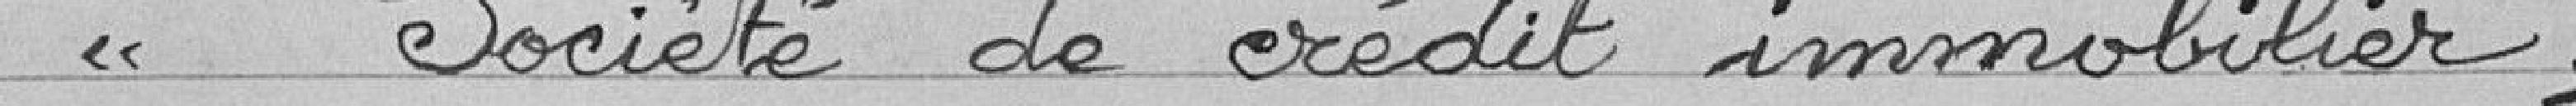
" société de crédit immobilier ,